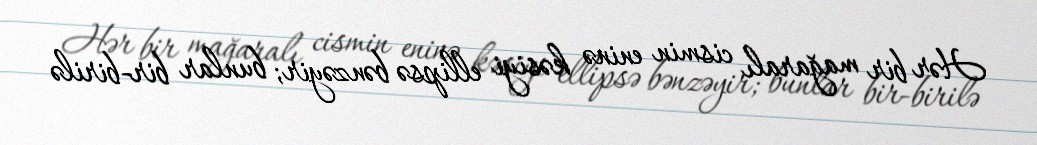
Hər bir mağaralı cismin eninə kəsiyi ellipsə bənzəyir; bunlar bir-birilə